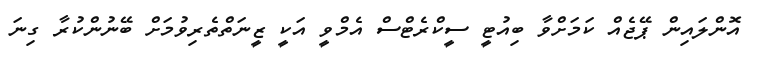
އޮންލައިން ޕޭޖެއް ކަމަށްވާ ބިއުޓީ ސީކްރެޓްސް އެމްވީ އަކީ ޒީނަތްތެރިވުމަށް ބޭނުންކުރާ ގިނަ